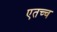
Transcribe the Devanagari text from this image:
एतच्च